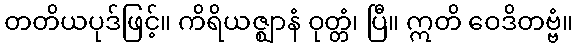
တတိယပုဒ်ဖြင့်။ ကိရိယဇ္ဈာနံ ဝုတ္တံ၊ ပြီ။ ဣတိ ဝေဒိတဗ္ဗံ။